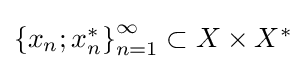
{\textstyle \left\{x_{n};x_{n}^{*}\right\}_{n=1}^{\infty }\subset X\times X^{*}}